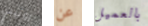
روتيني عن بالعميل